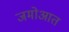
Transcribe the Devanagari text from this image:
जमोआत